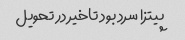
پیتزا سرد بود تاخیر در تحویل